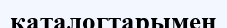
каталогтарымен